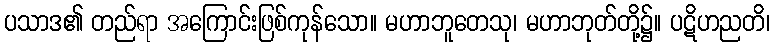
ပသာဒ၏ တည်ရာ အကြောင်းဖြစ်ကုန်သော။ မဟာဘူတေသု၊ မဟာဘုတ်တို့၌။ ပဋိဟညတိ၊